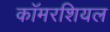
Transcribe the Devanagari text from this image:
कॉमरशियल